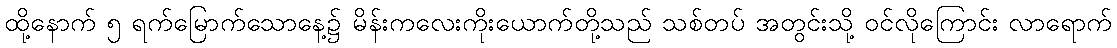
ထို့နောက် ၅ ရက်မြောက်သောနေ့၌ မိန်းကလေးကိုးယောက်တို့သည် သစ်တပ် အတွင်းသို့ ဝင်လိုကြောင်း လာရောက်